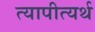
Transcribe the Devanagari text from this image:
त्यापीत्यर्थ